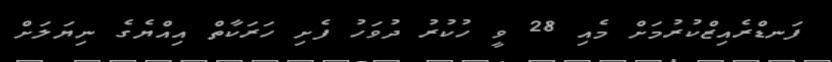
ފަނޑްރެއިޒްކުރުމަށް މެއި 28 ވީ ހުކުރު ދުވަހު ފެށި ހަރަކާތް އިއްޔެގެ ނިޔަލަށް